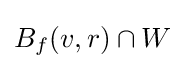
B_{f}(v,r)\cap W